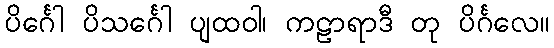
ပိင်္ဂေါ ပိသင်္ဂေါ ပျထဝါ၊ ကဠာရာဒီ တု ပိင်္ဂလေ။